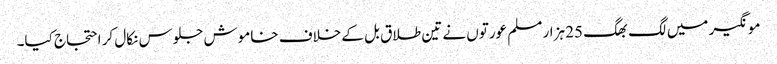
مونگیر میں لگ بھگ 25 ہزار مسلم عورتوں نے تین طلاق بل کے خلاف خاموش جلوس نکال کر احتجاج کیا۔